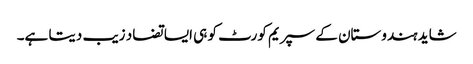
شاید ہندوستان کے سپریم کورٹ کو ہی ایسا تضاد زیب دیتا ہے۔